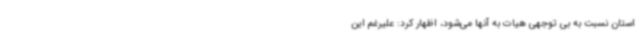
استان نسبت به بی توجهی هیات به آنها می‌شود، اظهار کرد: علیرغم این